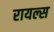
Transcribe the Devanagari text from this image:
रायल्स